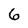
Character: 6